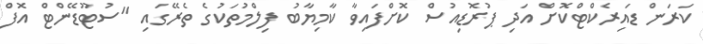
ކަރަން ޑައިރެކްޓްކޮށް އަދި ޕުރޮޑިއުސް ކޮށްފައިވާ ކާމިޔާބު ފިލްމުތަކުގެ ތެރޭގައި "ސުޓޫޑޭންޓް އޮފް